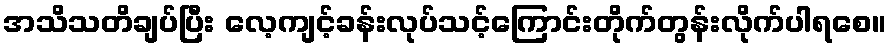
အသိသတိချပ်ပြီး လေ့ကျင့်ခန်းလုပ်သင့်ကြောင်းတိုက်တွန်းလိုက်ပါရစေ။